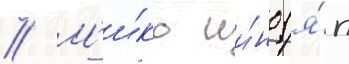
// М'и́ко ии́но (я́п